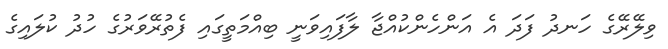
ވިލޭރޭގެ ހަނދު ފަދަ އެ އަންހެންކުއްޖާ ލާފައިވަނީ ބިއްމަތީގައި ފެތުރޭވަރުގެ ހުދު ކުލައިގެ